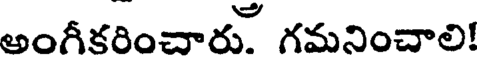
అంగీకరించారు. గమనించాలి!